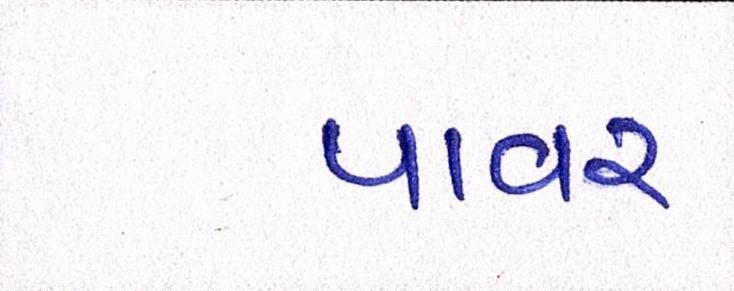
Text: પાવર